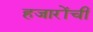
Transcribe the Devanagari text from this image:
हजारोंची